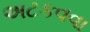
અટકવવા